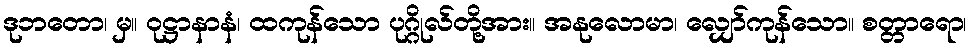
ဒုဘတော၊ မှ။ ဝုဋ္ဌာနာနံ၊ ထကုန်သော ပုဂ္ဂိုလ်တို့အား။ အနုလောမာ၊ လျှော်ကုန်သော။ စတ္တာရော၊